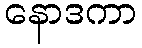
နောဒကာ